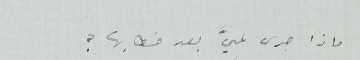
ماذا جرى لميَّ بعد خطابها ؟